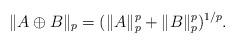
LaTeX: \begin{align*}\|A\oplus B\|_{p}=(\|A\|_{p}^{p}+\|B\|_{p}^{p})^{1/p}.\end{align*}